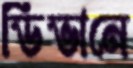
ডিভানে